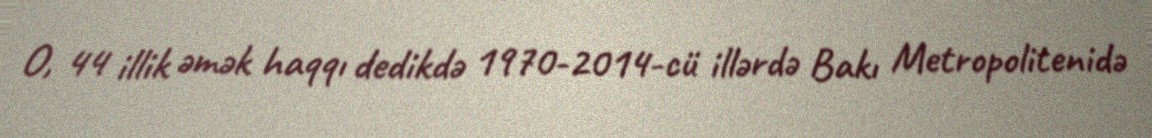
O, 44 illik əmək haqqı dedikdə 1970-2014-cü illərdə Bakı Metropolitenidə